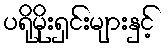
ပရိုမိုးရှင်းများနှင့်